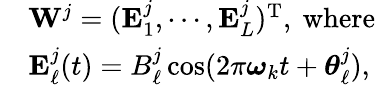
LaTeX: \begin{array}{rl}&{\mathbf{W}^{j}=(\mathbf{E}_{1}^{j},\cdots,\mathbf{E}_{L}^{j})^{\mathrm{T}},\mathrm{~where~}}\\ &{\mathbf{E}_{\ell}^{j}(t)=B_{\ell}^{j}\cos(2\pi\boldsymbol{\omega}_{k}t+\boldsymbol{\theta}_{\ell}^{j}),}\end{array}